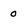
Character: 0